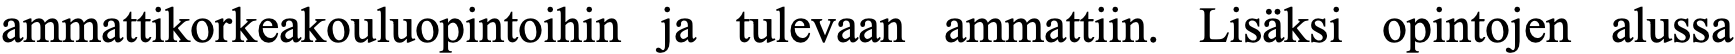
ammattikorkeakouluopintoihin ja tulevaan ammattiin. Lisäksi opintojen alussa